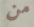
من